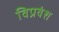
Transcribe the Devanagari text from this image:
विप्रवंश